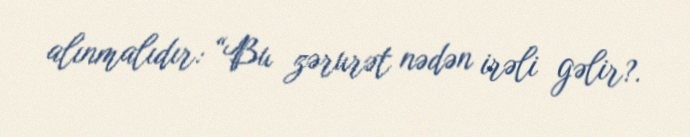
alınmalıdır: “Bu zərurət nədən irəli gəlir?.